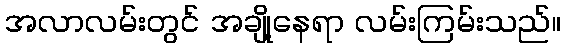
အလာလမ်းတွင် အချို့နေရာ လမ်းကြမ်းသည်။